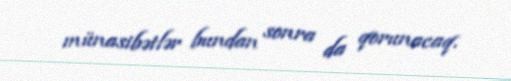
münasibətlər bundan sonra da qorunacaq.